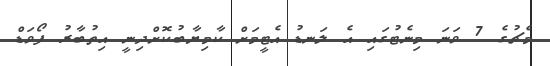
މެޗުގެ 7 ވަނަ މިނެޓުގައި އެ ލަނޑު އެޓީމަށް ކާމިޔާބުކޮށްދިނީ އިތުބާރު ފޯވަޑް